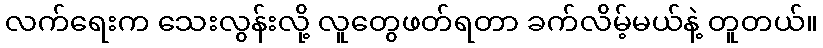
လက်ရေးက သေးလွန်းလို့ လူတွေဖတ်ရတာ ခက်လိမ့်မယ်နဲ့ တူတယ်။